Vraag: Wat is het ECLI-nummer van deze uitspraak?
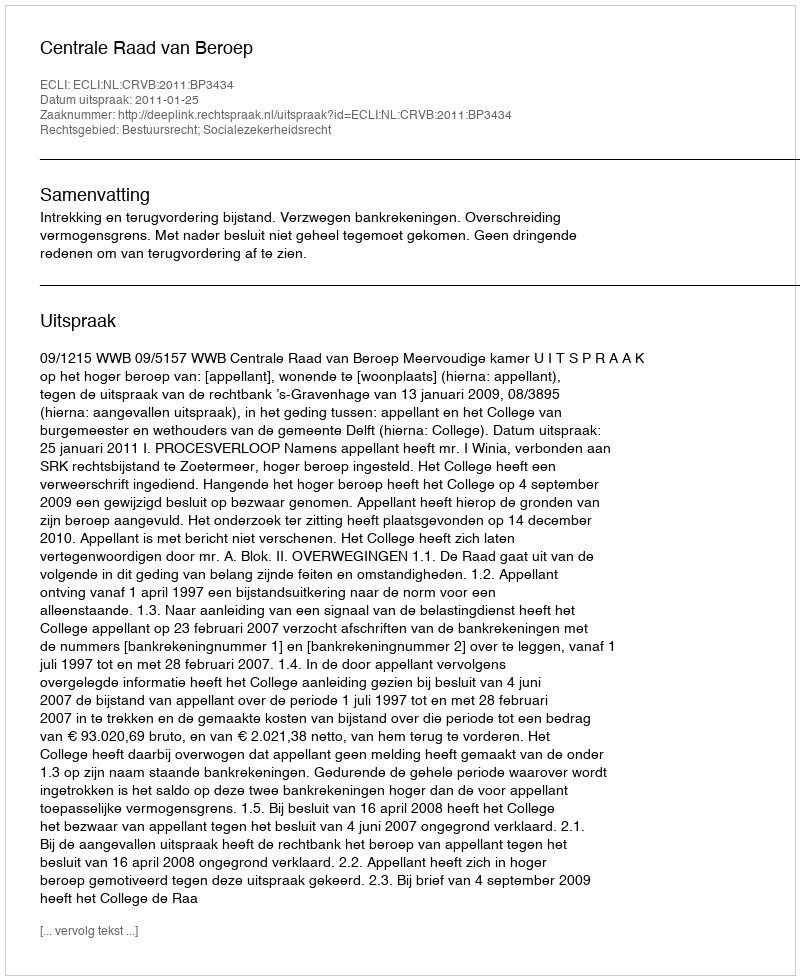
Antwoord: ECLI:NL:CRVB:2011:BP3434